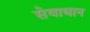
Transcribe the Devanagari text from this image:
सेवाधान